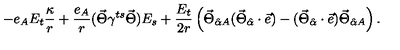
- e _ { A } E _ { t } \frac { \kappa } { r } + \frac { e _ { A } } { r } ( \vec { \Theta } \gamma ^ { t s } \vec { \Theta } ) E _ { s } + \frac { E _ { t } } { 2 r } \left( \vec { \Theta } _ { \hat { \alpha } A } ( \vec { \Theta } _ { \hat { \alpha } } \cdot \vec { e } ) - ( \vec { \Theta } _ { \hat { \alpha } } \cdot \vec { e } ) \vec { \Theta } _ { \hat { \alpha } A } \right) .